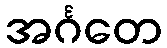
အင်္ဂတေ